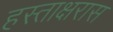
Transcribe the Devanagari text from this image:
हस्ताक्षरास